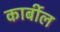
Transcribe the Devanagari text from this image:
कार्बील